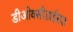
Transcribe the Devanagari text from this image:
डीओक्सीडाईसड